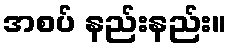
အစပ် နည်းနည်း။